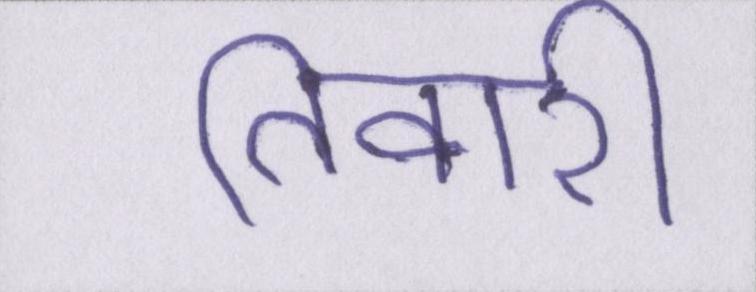
तिवारी